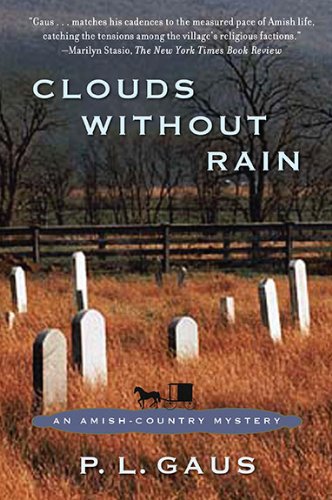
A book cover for Clouds Without Rain: An Amish-Country Mystery; P. L. Gaus; Christian Books & Bibles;